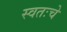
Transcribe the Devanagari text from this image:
स्वतःचे